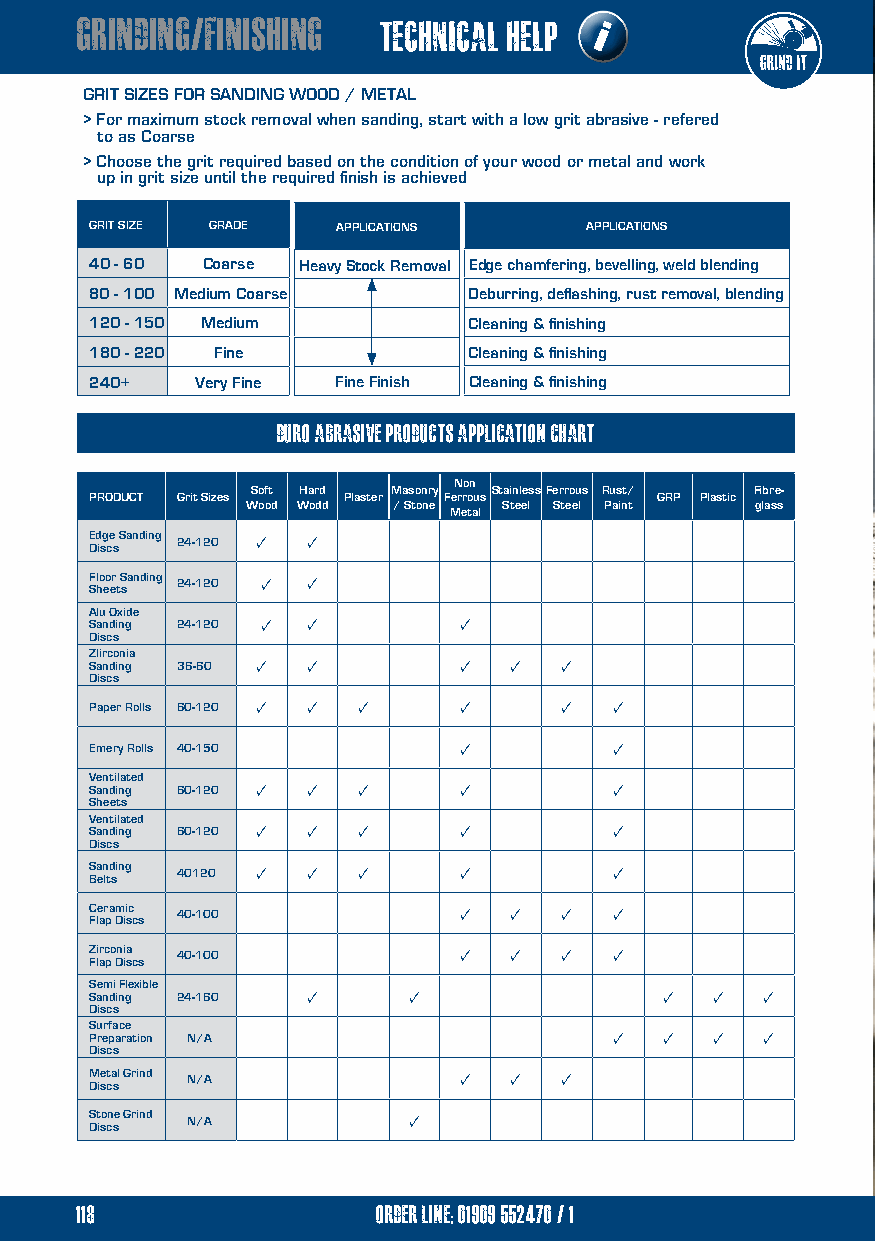
GRINDING/FINISHING  TECHNICAL HELP
 i
 GRIT SIZES FOR SANDING WOOD / METAL
 > For maximum stock removal when sanding, start with a low grit abrasive - refered
 to as Coarse
 > Choose the grit required based on the condition of your wood or metal and work
 up in grit size until the required finish is achieved
 GRIT SIZE GRADE APPLICATIONS     APPLICATIONS
 40 - 60 Coarse Heavy Stock Removal Edge chamfering, bevelling, weld blending
 80 - 100 Medium Coarse   Deburring, deflashing, rust removal, blending
 120 - 150 Medium         Cleaning & finishing
 180 - 220 Fine           Cleaning & finishing
 240+   Very Fine Fine Finish Cleaning & finishing
 DURO abrasive PRODUCTS application chart
 Non
 Soft Hard Masonry StainlessFerrous Rust/ Fibre-
 PRODUCT Grit Sizes Plaster Ferrous   GRP Plastic
 Wood Wodd / Stone Steel Steel Paint glass
 Metal
 E Dd isg ce s Sanding 24-120 ✓ ✓
 F Sl ho eo er t S sanding 24-120 ✓ ✓
 Alu Oxide
 Sanding 24-120 ✓ ✓      ✓
 Discs
 ZIirconia
 Sanding 36-60 ✓ ✓       ✓   ✓  ✓
 Discs
 Paper Rolls 60-120 ✓ ✓ ✓ ✓     ✓   ✓
 Emery Rolls 40-150      ✓          ✓
 Ventilated
 Sanding 60-120 ✓ ✓ ✓    ✓          ✓
 Sheets                                                  chisels        &   breaker           steels
 Ventilated
 Sanding 60-120 ✓ ✓ ✓    ✓          ✓
 Discs
 S Ba en ltd sing 40120 ✓ ✓ ✓ ✓     ✓
 C Fle ar pa m Dii sc c s 40-100 ✓ ✓ ✓ ✓
 hammer points & chisels
 Z Fli arc po Dni ia sc s 40-100 ✓ ✓ ✓ ✓
 breaker steels
 Semi Flexible
 Sanding 24-160 ✓     ✓                ✓  ✓  ✓
 Discs
 Surface
 Preparation N/A                    ✓  ✓  ✓  ✓
 Discs
 M Dise cta sl Grind N/A ✓   ✓  ✓
 S Dt iso cn se Grind N/A ✓
 118                 order line; 01909 552470/1